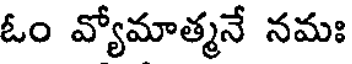
ఓం వ్యోమాత్మనే నమః